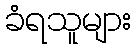
ခံရသူများ